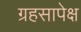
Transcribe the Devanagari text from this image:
ग्रहसापेक्ष